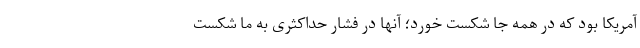
آمریکا بود که در همه جا شکست خورد؛ آنها در فشار حداکثری به ما شکست